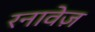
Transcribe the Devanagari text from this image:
रनावेज़